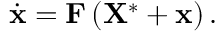
\dot { \mathbf { x } } = \mathbf { F } \left( \mathbf { X } ^ { * } + \mathbf { x } \right) .